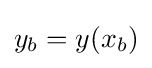
y_{b}=y(x_{b})